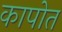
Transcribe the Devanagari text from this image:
कापोत